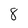
Character: 8